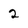
Character: 2